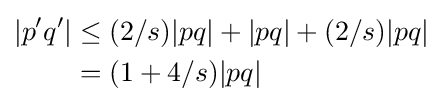
{\begin{aligned}|p'q'|&\leq (2/s)|pq|+|pq|+(2/s)|pq|\\&=(1+4/s)|pq|\end{aligned}}